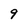
Character: 9